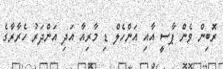
ރޮބިން ވެން ޕާސީ އާއި އަންހެލް ޑި މާރިއާ އަދި އަންދަރު ހެރާރާގެ